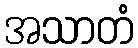
အသာတံ